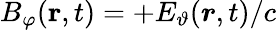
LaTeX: B_{\varphi}(\textbf{r},t)=+E_{\vartheta}(\boldsymbol{r},t)/c